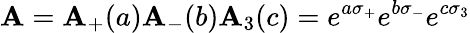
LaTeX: \mathbf{A}=\mathbf{A}_{+}(a)\mathbf{A}_{-}(b)\mathbf{A}_{3}(c)=e^{a\sigma_{+}}e^{b\sigma_{-}}e^{c\sigma_{3}}